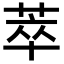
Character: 萃